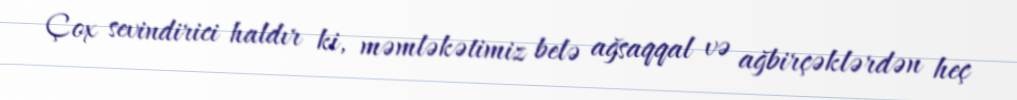
Çox sevindirici haldır ki, məmləkətimiz belə ağsaqqal və ağbirçəklərdən heç